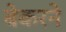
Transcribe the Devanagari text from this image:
बेकरने